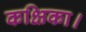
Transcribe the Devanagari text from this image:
कक्षिका।